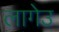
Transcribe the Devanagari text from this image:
लागेउ